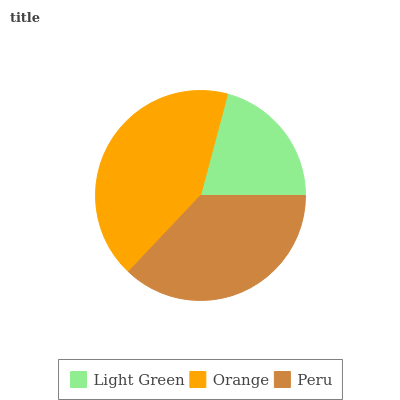
| Light Green | Orange | Peru |
 | --- | --- | --- |
 | 20.9% | 42% | 37.1% |